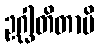
ဥဂ္ဃါတိတာပိ